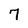
Character: 7